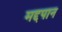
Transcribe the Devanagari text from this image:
मद्दपान